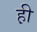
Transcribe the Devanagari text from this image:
ह़ी